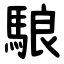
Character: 駺